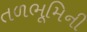
તળભૂમિની